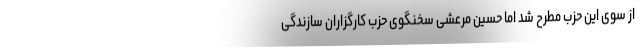
از سوی این حزب مطرح شد اما حسین مرعشی سخنگوی حزب کارگزاران سازندگی